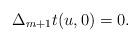
LaTeX: \begin{align*} \Delta_{m+1}t(u,0)=0.\end{align*}